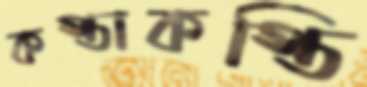
কস্তাকস্তি